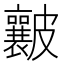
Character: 𥀶